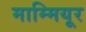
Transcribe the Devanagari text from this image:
माम्मियूर